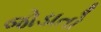
જોડાતો